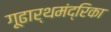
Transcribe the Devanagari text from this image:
गूढार्थमंद्रिका